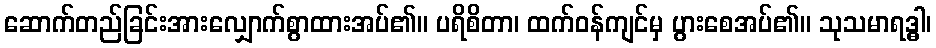
ဆောက်တည်ခြင်းအားလျှောက်စွာထားအပ်၏။ ပရိစိတာ၊ ထက်ဝန်ကျင်မှ ပွားစေအပ်၏။ သုသမာရဒ္ဓါ၊